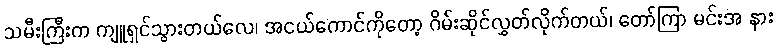
သမီးကြီးက ကျူရှင်သွားတယ်လေ၊ အငယ်ကောင်ကိုတော့ ဂိမ်းဆိုင်လွှတ်လိုက်တယ်၊ တော်ကြာ မင်းအ နား